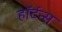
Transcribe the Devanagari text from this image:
हॉर्टन्स